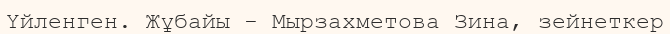
Үйленген. Жұбайы - Мырзахметова Зина, зейнеткер